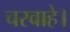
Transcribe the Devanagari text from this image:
चरवाहे।